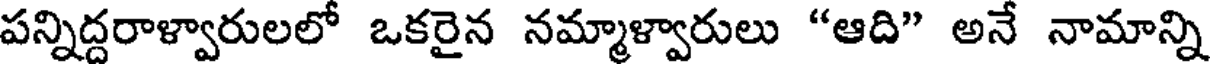
పన్నిద్దరాళ్వారులలో ఒకరైన నమ్మాళ్వారులు "ఆది" అనే నామాన్ని